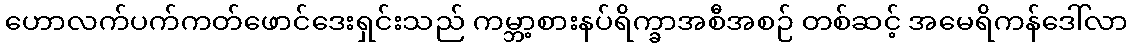
ဟောလက်ပက်ကတ်ဖောင်ဒေးရှင်းသည် ကမ္ဘာ့စားနပ်ရိက္ခာအစီအစဉ် တစ်ဆင့် အမေရိကန်ဒေါ်လာ